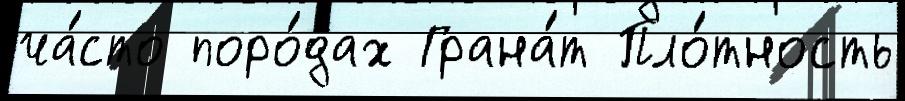
ча́сто поро́дах Грана́т Пло́тность